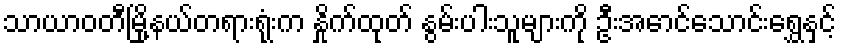
သာယာဝတီမြို့နယ်တရားရုံးက နှိုက်ထုတ် နွမ်းပါးသူများကို ဦးအောင်သောင်းရွှေနှင့်